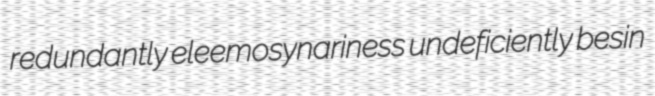
redundantly eleemosynariness undeficiently besin